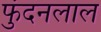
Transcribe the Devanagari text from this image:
फुंदनलाल